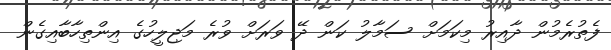
ފެތުރެމުން ދާއިރު މިކަމަށް ސަމާލު ކަން ދޭ ވަރަށް ވުރެ މަޖިލީހުގެ އިންތިހާބާއިގެން